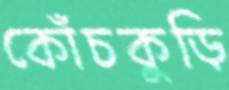
কোঁচকুড়ি